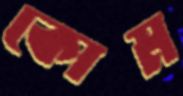
কোম